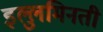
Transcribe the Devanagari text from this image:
इल्लुमिनती